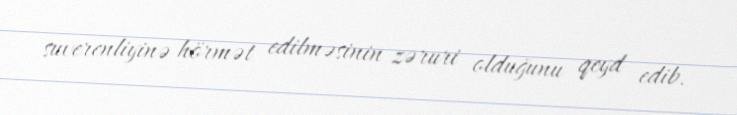
suverenliyinə hörmət edilməsinin zəruri olduğunu qeyd edib.